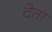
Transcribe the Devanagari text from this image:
देेता